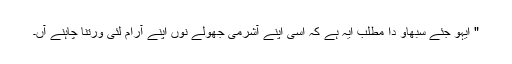
" ایہو جئے سبھاو دا مطلب ایہ ہے کہ اسی اپنے آشرمی جھولے نوں اپنے آرام لئی ورتنا چاہنے آں۔